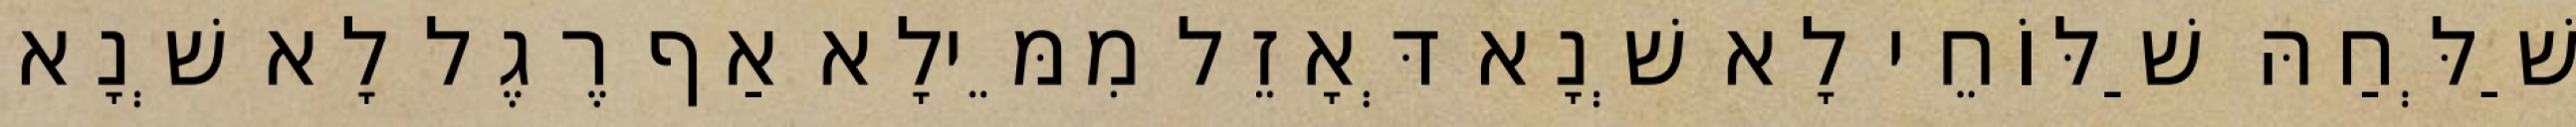
שַׁלְּחַהּ שַׁלּוֹחֵי לָא שְׁנָא דְּאָזֵל מִמֵּילָא אַף רֶגֶל לָא שְׁנָא